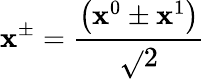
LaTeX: \mathbf{x}^{\pm}=\frac{{\left(\mathbf{x}^{0}\pm\mathbf{x}^{1}\right)}}{{\sqrt{}{{2}}}}